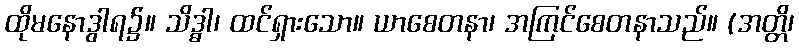
ထိုမနောဒွါရ၌။ သိဒ္ဓါ၊ ထင်ရှားသော။ ယာစေတနာ၊ အကြင်စေတနာသည်။ (အတ္တိ၊